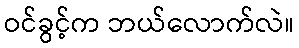
ဝင်ခွင့်က ဘယ်လောက်လဲ။